Vaccination in the Punjab 1919-1929 - 1919-1929
Year: 1919
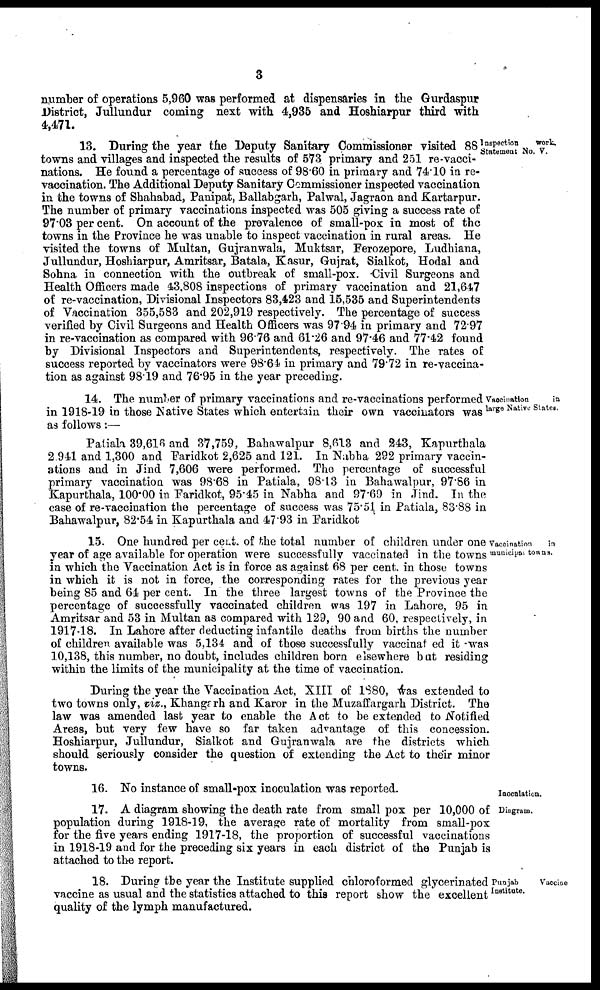
3
number of operations 5,960 was performed at dispensaries in the Gurdaspur
District, Jullundur coming next with 4,935 and Hoshiarpur third with
4,471.
Inspection
work
Statemeat No. V.
13. During the year the Deputy Sanitary Commissioner visited 88
towns and villages and inspected the results of 573 primary and 251 re-vacci-
nations. He found a percentage of success of 98.60 in primary and 74.10 in re-
vaccination. The Additional Deputy Sanitary Commissioner inspected vaccination
in the towns of Shahabad, Panipat, Ballabgarh, Palwal, Jagraon and Kartarpur.
The number of primary vaccinations inspected was 505 giving a success rate of
97.03 per cent. On account of the prevalence of small-pox in most of the
towns in the Province he was unable to inspect vaccination in rural areas. He
visited the towns of Multan, Gujranwala, Muktsar, Ferozepore, Ludhiana,
Jullundur, Hoshiarpur, Amritsar, Batala, Kasur, Gujrat, Sialkot, Hodal and
Sohna in connection with the outbreak of small-pox. Civil Surgeons and
Health Officers made 43.808 inspections of primary vaccination and 21,647
of re-vaccination, Divisional Inspectors 83,423 and 15,535 and Superintendents
of Vaccination 355,583 and 202,919 respectively. The percentage of success
verified by Civil Surgeons and Health Officers was 97.94 in primary and 72.97
in re-vaccination as compared with 96.76 and 61.26 and 97.46 and 77.42 found
by Divisional Inspectors and Superintendents, respectively. The rates of
success reported by vaccinators were 98.64 in primary and 79.72 in re-vaccina
tion as against 98.19 and 76.95 in the year preceding.
Vaccination
in
large Native States.
14. The number of primary vaccinations and re-vaccinations performed
in 1918-19 in those Native States which entertain their own vaccinators was
as follows:—
Patiah 39,616 and 37,759, Bahawalpur 8,613 and 243, Kapurthala
2,911 and 1,300 and Faridkot 2,625 and 121. In Nabha 292 primary vaccin-
ations and in Jind 7,606 were performed. The percentage of successful
primary vaccination was 98.68 in Patiala, 98.13 in Bahawalpur, 97.86 in
Kapurthala, 100.00 in Faridkot, 95.45 in Nabha and 97.69 in Jind. In the
case of re-vaccination the percentage of success was 75.51 in Patiala, 8388 in
Bahawalpur, 82.54 in Kapurthala and 47.93 in Faridkot
Vaccination
in
municipal tosns.
15. One hundred per cent. of the total number of children under one
year of age available for operation were successfully vaccinated in the towns
in which the Vaccination Act is in force as against 68 per cent. in those towns
in which it is not in force, the corresponding rates for the previous year
being 85 and 64 per cent. In the three largest towns of the Province the
percentage of successfully vaccinated children was 197 in Lahore, 95 in
Amritsar and 53 in Multan as compared with 129, 90 and 60 respectively, in
1917.18. In Lahore after deducting infantilo deaths from births the number
of children available was 5,134 and of those successfully vaccinated it was
10,138, this number, no doubt, includes children born elsewhere but residing
within the limits of the municipality at the time of vaccination.
During the year the Vaccination Act, XIII of 1880, was extended to
two towns only, viz., Khangarh and Karor in the Muzaffargarh District. The
law was amended last year to enable the Act to be extended to Notified
Areas, but very few have so far taken advantage of this concession.
Hoshiarpur, Jullundur, Sialkot and Gujranwala are the districts which
should seriously consider the question of extending the Act to their minor
towns.
Inocalation.
16. No instance of small-pox inoculation was reported.
Diagram.
17. A diagram showing the death rate from small pox per 10,000 of
population during 1918-19, the average rate of mortality from small-pox
for the five years ending 1917-18, the proportion of successful vaccinations
in 1918-19 and for the preceding six years in each district of the Punjab is
attached to the report.
Punjab
Vaccine
Institute.
18. During the year the Institute supplied chloroformed glycerinated
vaccine as usual and the statistics attached to this report show the excellent
quality of the lymph manufactured.